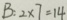
B : 2 \times 7 = 1 4